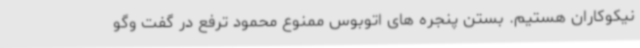
نیکوکاران هستیم. بستن پنجره های اتوبوس ممنوع محمود ترفع در گفت وگو